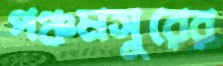
পঞ্চমসুরের